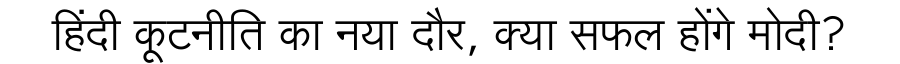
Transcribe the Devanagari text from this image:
हिंदी कूटनीति का नया दौर, क्या सफल होंगे मोदी?